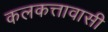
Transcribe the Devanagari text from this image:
कलकत्तावासी